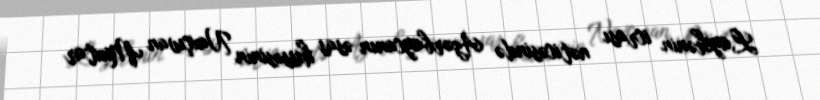
Layihənin icrası nəticəsində Azərbaycanın əsas hissəsinin Naxçıvan Muxtar